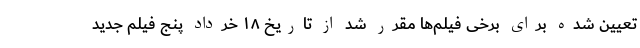
تعیین شده برای برخی فیلم‌ها مقرر شد از تاریخ ۱۸ خرداد پنج فیلم جدید